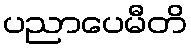
ပညာပေမီတိ